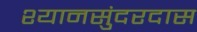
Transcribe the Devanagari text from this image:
श्यानसुंदरदास